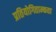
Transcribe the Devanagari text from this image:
प्रतियोगिताम्कता